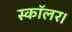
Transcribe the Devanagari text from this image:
स्कॉलर।